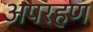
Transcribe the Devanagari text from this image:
अपरहण